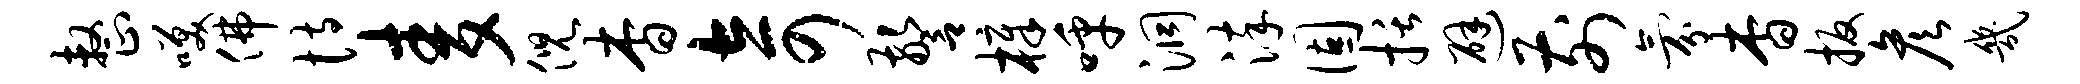
整笑佛恃麦倪杳奇警樟呼洞淬固括避前氛杳扳彦几